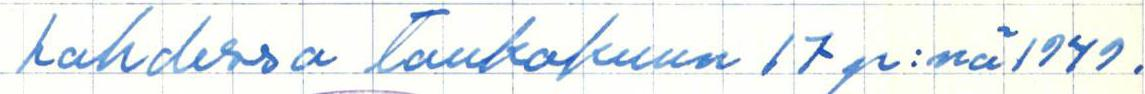
Lahdessa toukokuun 17 p:nä 1949.